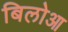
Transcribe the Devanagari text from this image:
बिलोआ